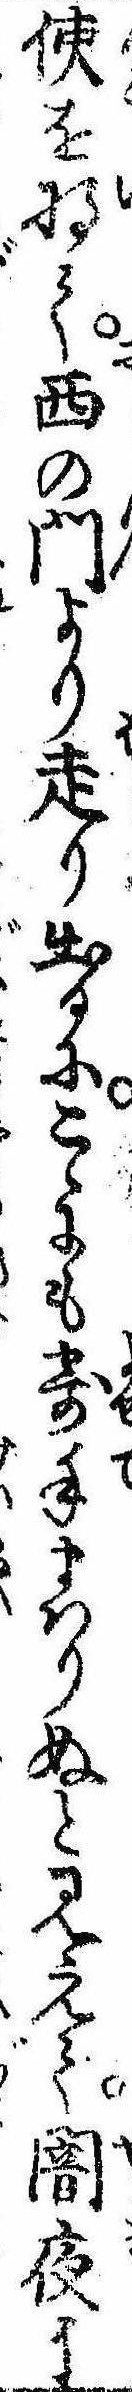
使を将て西の門より走り出るにこゝにも寄手まはりぬと見えて闇夜に